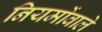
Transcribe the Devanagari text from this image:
नियमोंवाले